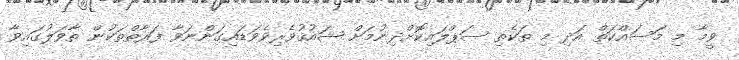
ވީމާ މި މަސައްކަތް އަދި މި ތަކެތި ސަޕްލައިކޮށްދިނުމަށް ޝައުޤުވެރިވެވަޑައިގަންނަވާ ފަރާތްތަކުން ތާވަލުގައިވާ